Vaccination in Bombay 1902-1912 - 1902-1912
Year: 1902
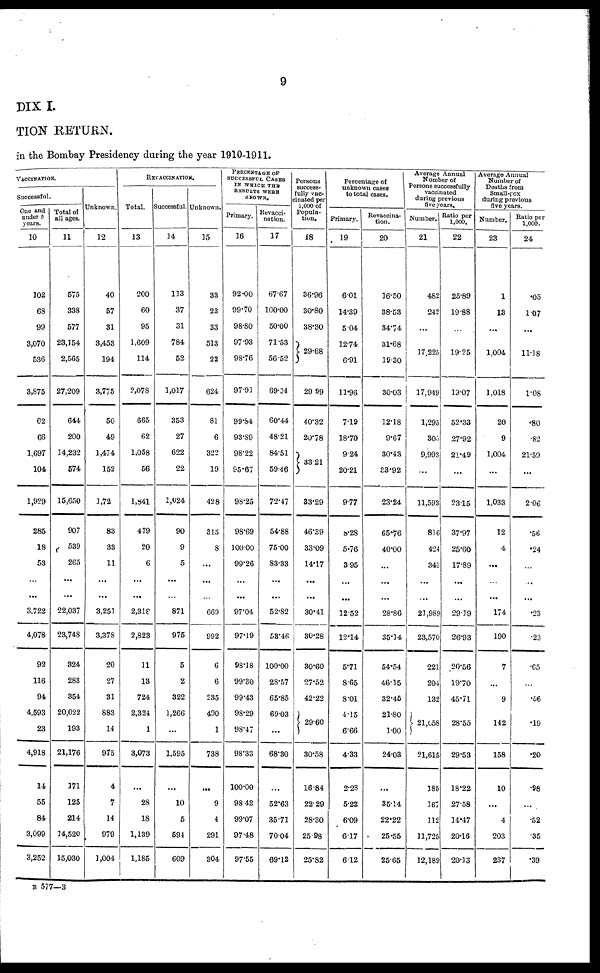
9
DIX I.
TION RETURN.
in the Bombay Presidency during the year 1910-1911.
VACCINATION.
Successful.
One and
under 6
years.
10
102
68
99
3,070
536
3,875
62
66
1,697
104
1,929
285
18
53
...
3,722
4,078
92
116
94
4,593
23
4,918
14
55
84
3,099
3,252
Total of
all ages.
11
575
338
577
23,154
2,565
27,209
644
200
14,232
574
15,650
907
539
265
...
22,037
23,748
324
283
354
20,022
193
21,176
171
125
214
14,520
15,030
Unknown.
12
40
57
31
3,453
194
3,775
50
49
1,474
152
1,72
83
33
11
...
3,251
3,378
20
27
31
883
14
975
4
7
14
979
1,004
REVACCINATION.
Total.
13
200
60
95
1,609
114
2,078
665
62
1,058
56
1,841
479
20
6
...
2,318
2,823
11
13
724
2,324
1
3,073
...
28
18
1,139
1,185
Successful.
14
113
37
31
784
52
1,017
353
27
622
22
1,024
90
9
5
...
871
975
5
2
322
1,266
...
1,595
...
10
5
594
609
Unknown.
15
33
23
33
513
22
624
81
6
322
19
428
315
8
...
...
669
992
6
6
235
490
1
738
...
9
4
291
304
PERCENTAGE OF
SUCCESSFUL CASES
IN WHICH THE
RESULTS WERE
KNOWN.
Primary.
16
92.00
99.70
98.80
97.93
98.76
97.91
99.84
93.89
98.22
95.67
98.25
98.69
100.00
99.26
...
97.04
97.19
98.18
99.30
99.43
98.29
98.47
98.33
100.00
98.42
99.07
97.48
97.55
Revacci-
nation.
17
67.67
100.00
50.00
71.53
56.52
69.04
60.44
48.21
84.51
59.46
72.47
54.88
75.00
83.33
...
52.82
53.46
100.00
28.57
65.85
69.03
...
68.30
...
52.63
35.71
70.04
69.12
Persons
success-
fully vac-
cinated per
1,000 of
Popula-
tion.
18
36.96
30.80
38.30
29.68
29.99
40.32
20.78
33.21
33.29
46.39
33.09
14.17
...
30.41
30.28
30.60
27.52
42.22
29.60
30.58
16.84
22.29
28.30
25.98
25.82
Percentage of
unknown cases
to total cases.
Primary.
19
6.01
14.39
5.04
12.74
6.91
11.96
7.19
18.70
9.24
20.21
9.77
8.28
5.76
3.95
...
12.52
12.14
5.71
8.65
8.01
4.15
6.66
4.33
2.28
5.22
6.09
6.17
6.12
Revaccina-
tion.
20
16.50
38.53
34.74
31.68
19.30
30.03
12.18
9.67
30.43
33.92
23.24
65.76
40.00
...
...
28.86
35.14
54.54
46.15
32.45
21.80
1.00
24.03
...
35.14
22.22
25.55
25.65
Average Annual
Number of
Persons successfully
vaccinated
during previous
five years.
Number.
21
482
242
...
17,225
17,949
1,295
305
9,993
...
11,593
816
424
341
...
21,989
23,570
221
204
132
21,058
21,615
185
167
112
11,725
12,189
Ratio per
1,000.
22
25.89
19.88
...
19.25
19.07
52.33
27.92
21.49
...
23.15
37.97
25.60
17.89
...
29.39
26.93
20.56
19.70
45.71
28.55
29.53
18.22
27.58
14.47
20.16
20.13
Average Annual
Number of
Deaths from
Small-pox
during previous
five years.
Number.
23
1
13
...
1,004
1,018
20
9
1,004
...
1,033
12
4
...
...
174
190
7
...
9
142
158
10
...
4
203
237
Ratio per
1,000.
24
.05
1.07
...
11.18
1.08
.80
.82
21.59
...
2.06
.56
.24
...
...
.23
.23
.65
...
.56
.19
.20
.98
...
.52
.35
.39
B 577—3